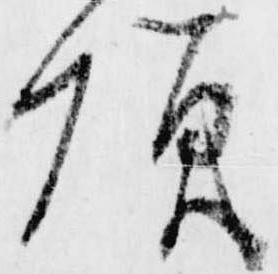
頂